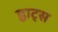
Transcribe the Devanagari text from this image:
ह्वाट्‍स